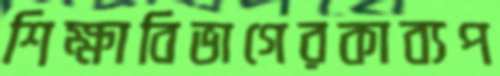
শিক্ষাবিভাগেরকাব্যপ